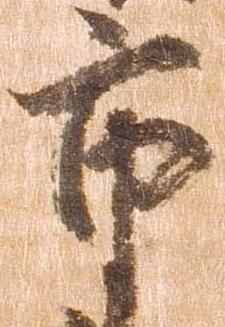
市